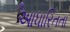
આધારિતતા